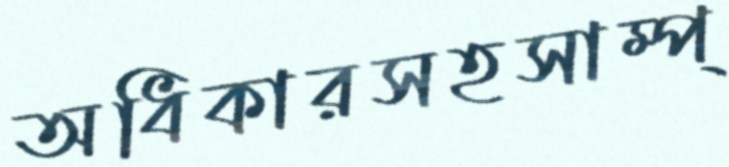
অধিকারসহসাম্প্